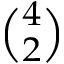
\textstyle { \binom { 4 } { 2 } }